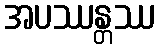
အပဿန္တဿ